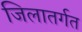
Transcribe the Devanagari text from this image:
जिलातर्गत